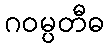
ဂဝမ္ပတီဓ